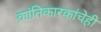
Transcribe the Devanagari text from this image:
क्रांतिकारकांचेही